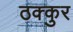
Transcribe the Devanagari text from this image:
ठक्कुर